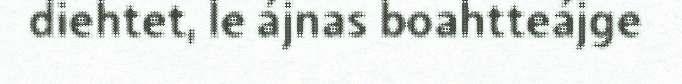
diehtet, le ájnas boahtteájge